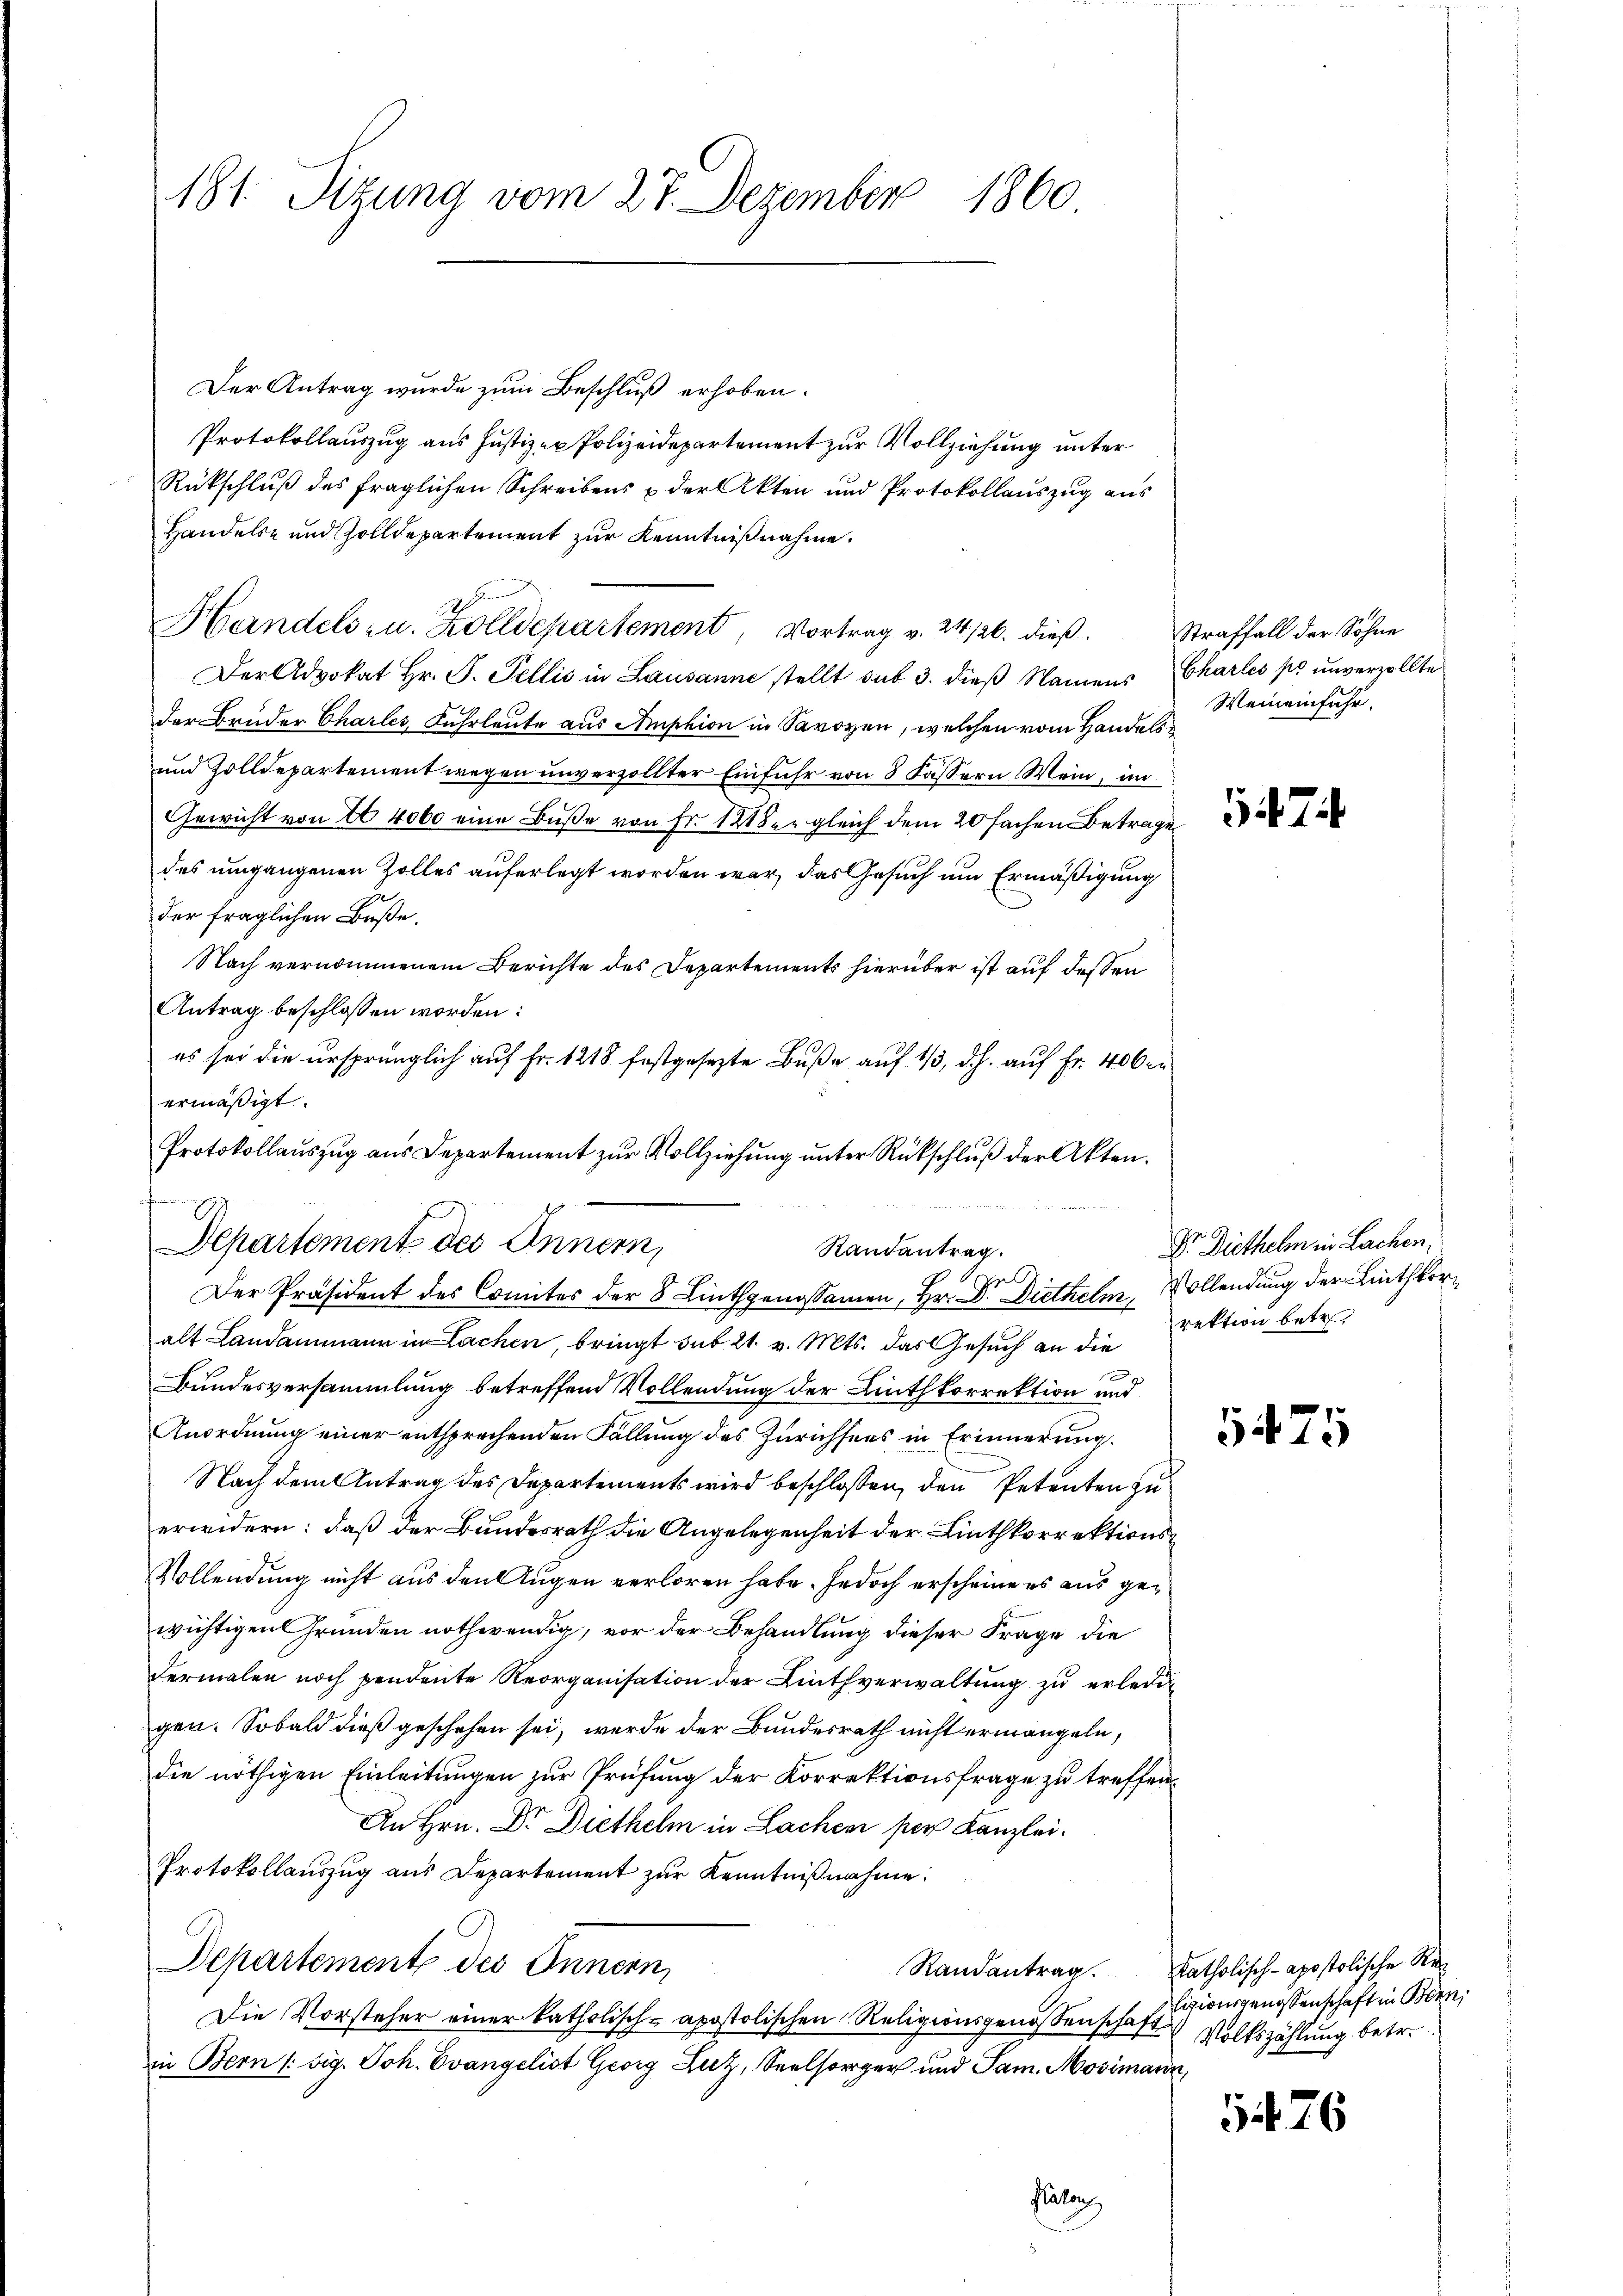
181. Sitzung vom 27. Dezember 1860

Der Antrag wurde zum Beschluß erhoben.
Protokollauszug aus Justiz- & Polizeidepartement zur Vollziehung unter
Rückschluß des fraglichen Schreibens & der Akten und Protokollauszug aus
Handels- und Zolldepartement zur Kenntnißnahme.
E
Handels- u. Zolldepartement, Vortrag v. 24. 126. dieß. Straffall der Sohne
Der Advokat Hr. P. Pellis in Lausanne stellt sub 3. dieß Namens Charles po unverzollte
der Brüder Charles, Fuhrleute aus Amphion in Savoyen, welchen vom Handels
und Zolldepartement wegen unverzollter Einfuhr von 8 Fassern Wein, im
Gewicht von I 4000 eine Buße von Fr. 121 der gleich dem 20 fachen Betrage
des umgangenen Zolles auferlegt worden war, das Gesuch um Ermäßigung
der fraglichen Buße.
Nach vernommenem Berichte des Departements hierüber ist auf dessen
Antrag beschlossen worden:
es sei die ursprünglich auf Fr. 1218 festgesezte Buße auf 1/3, d.h. auf Fr. 400 er
ermäßigt.
Protokollauszug aus Departement zur Vollziehung unter Rückschluß der Akten.
alt Landammann in Lachen, bringt sub 21. v. Mts. das Gesuch an die
Bundesversammlung betreffend Vollendung der Linthkorrektion und
Anordnung einer entsprechenden Fällung des Zürichtens in Erinnerung
Nach dem Antrag des Departements wird beschlossen, den Petenten zu
erwidern: daß der Bundesrath die Angelegenheit der Linthkorrektions¬
Vollendung nicht aus den Augen verloren habe. Jedoch erscheine es aus gewichtigen Grunden nothwendig, vor der Behandlung dieser Frage die
Fermalen noch pendente Reorganisation der Linthverwaltung zu erledigen. Sobald dieß geschehen sei, werde der Bundesrath nicht ermangeln,
die nöthigen Einleitungen zur Prüfung der Korrektionsfrage zu treffen.
An Hrn. Dr. Diethelm in Lachen per Kanzlei.
Protokollauszug aus Departement zŭr Kenntnißnahme:
Departement des Innern,
Randantrag katholisch-apostolische Re¬
Die Vorsteher einer katholisch- apostolischen Religionsgenossenschaft
in Bern (sig. Joh. Evangelist Georg Luz, Seelsorger und Sam. Mosimann,
Paten

Kinderen
Departement des Innern,
Randantrag.
.
Der Präsident des Comites der 8 Linthgenossamen, Hr. Dr. Diethelm, Vollendung der Linthkor¬

Weineinfuhr.

Dr. Diethelm in Lachen.
rektion betr.
5475

ligionsgenossenschaft in Bern,
Volkszählung betr.

5476